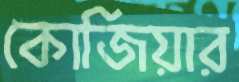
কোজিয়ার